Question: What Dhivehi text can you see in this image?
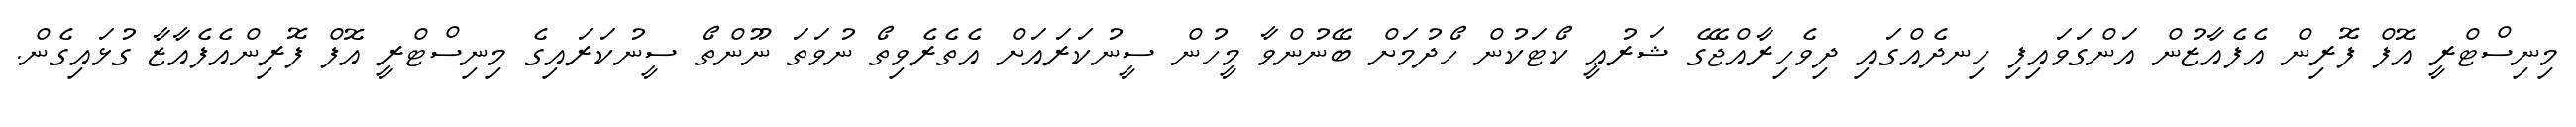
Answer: މިނިސްޓްރީ އޮފް ފޮރިން އެފެއާޒުން އަންގަވައިފި ހިނދެއްގައި ދިވެހިރާއްޖޭގެ ޝަރުޢީ ކޯޓަކުން ހޯދުމަށް ބޭނުންވާ މީހުން ސީނުކަރައަށް އެތެރެވިތޯ ނުވަތަ ނޫންތޯ ސީނުކަރައިގެ މިނިސްޓްރީ އޮފް ފޮރިންއެފެއާޒާ ގުޅައިގެން.